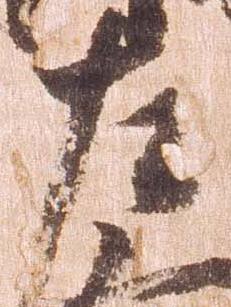
左